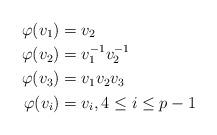
LaTeX: \begin{align*}\varphi(v_1) &= v_2\\\varphi(v_2) &= v_1^{-1}v_2^{-1}\\\varphi(v_3) &= v_1v_2v_3\\\varphi(v_i) &= v_i, 4 \leq i \leq p-1\end{align*}